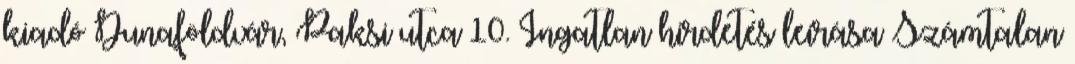
kiadó Dunaföldvár, Paksi utca 10. Ingatlan hirdetés leírása Számtalan